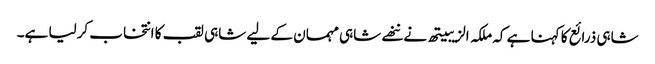
شاہی ذرائع کا کہنا ہے کہ ملکہ الزیبیتھ نے ننھے شاہی مہمان کے لیے شاہی لقب کا انتخاب کرلیا ہے۔